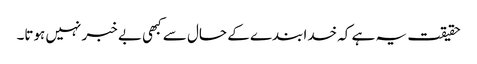
حقیقت یہ ہے کہ خدا بندے کے حال سے کبھی بے خبر نہیں ہوتا۔